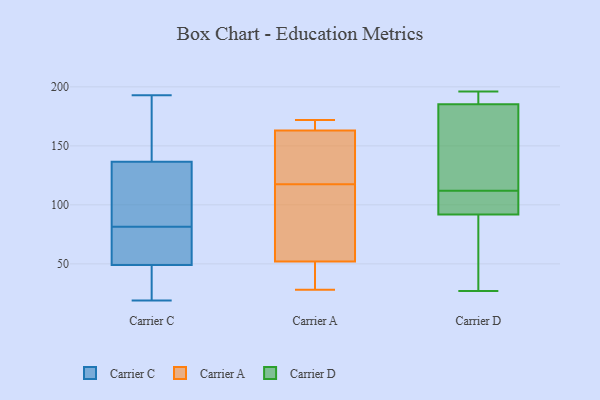
{"axis": {"x": "Churn Rate (%)", "y": "Value"}, "legend": ["Carrier A", "Carrier C", "Carrier D"], "data": [{"x": "", "y": 57, "type": "Carrier C"}, {"x": "", "y": 127, "type": "Carrier C"}, {"x": "", "y": 62, "type": "Carrier C"}, {"x": "", "y": 20, "type": "Carrier C"}, {"x": "", "y": 41, "type": "Carrier C"}, {"x": "", "y": 19, "type": "Carrier C"}, {"x": "", "y": 22, "type": "Carrier C"}, {"x": "", "y": 142, "type": "Carrier C"}, {"x": "", "y": 79, "type": "Carrier C"}, {"x": "", "y": 114, "type": "Carrier C"}, {"x": "", "y": 193, "type": "Carrier C"}, {"x": "", "y": 131, "type": "Carrier C"}, {"x": "", "y": 158, "type": "Carrier C"}, {"x": "", "y": 84, "type": "Carrier C"}, {"x": "", "y": 68, "type": "Carrier C"}, {"x": "", "y": 168, "type": "Carrier C"}, {"x": "", "y": 133, "type": "Carrier A"}, {"x": "", "y": 163, "type": "Carrier A"}, {"x": "", "y": 28, "type": "Carrier A"}, {"x": "", "y": 59, "type": "Carrier A"}, {"x": "", "y": 172, "type": "Carrier A"}, {"x": "", "y": 127, "type": "Carrier A"}, {"x": "", "y": 108, "type": "Carrier A"}, {"x": "", "y": 38, "type": "Carrier A"}, {"x": "", "y": 163, "type": "Carrier A"}, {"x": "", "y": 52, "type": "Carrier A"}, {"x": "", "y": 189, "type": "Carrier D"}, {"x": "", "y": 174, "type": "Carrier D"}, {"x": "", "y": 140, "type": "Carrier D"}, {"x": "", "y": 109, "type": "Carrier D"}, {"x": "", "y": 192, "type": "Carrier D"}, {"x": "", "y": 86, "type": "Carrier D"}, {"x": "", "y": 27, "type": "Carrier D"}, {"x": "", "y": 86, "type": "Carrier D"}, {"x": "", "y": 110, "type": "Carrier D"}, {"x": "", "y": 196, "type": "Carrier D"}, {"x": "", "y": 112, "type": "Carrier D"}]}